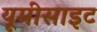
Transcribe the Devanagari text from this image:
यूमीसाइट